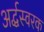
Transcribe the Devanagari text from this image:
अर्द्धस्वरक